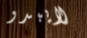
لايبدو